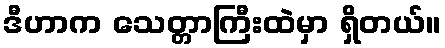
ဒီဟာက သေတ္တာကြီးထဲမှာ ရှိတယ်။